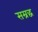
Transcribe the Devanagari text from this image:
सम्रद्ध